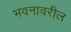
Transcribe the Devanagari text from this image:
भवनावरील